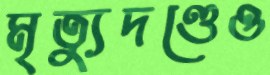
মৃত্যুদণ্ডেও